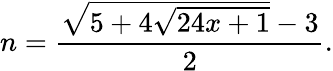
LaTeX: n={\frac{{\sqrt{5+4{\sqrt{24x+1}}}}-3}{2}}.